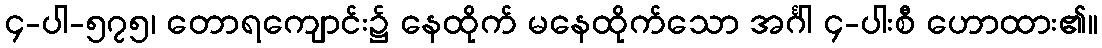
၄-ပါ-၅၇၅၊ တောရကျောင်း၌ နေထိုက် မနေထိုက်သော အင်္ဂါ ၄-ပါးစီ ဟောထား၏။